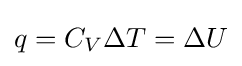
q=C_{V}\Delta T=\Delta U